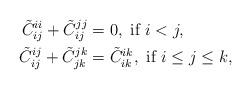
LaTeX: \begin{align*}\tilde C_{ij}^{ii}+\tilde C_{ij}^{jj}&=0,\mbox{ if }i<j,\\\tilde C^{ij}_{ij}+\tilde C^{jk}_{jk}&=\tilde C^{ik}_{ik},\mbox{ if }i\le j\le k,\end{align*}